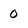
Character: o